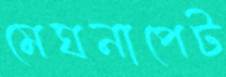
মেঘনাপেট